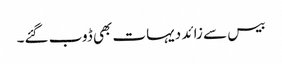
بیس سے زائد دیہات بھی ڈوب گئے۔